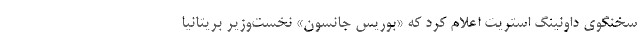
سخنگوی داونینگ استریت اعلام کرد که «بوریس جانسون» نخست‌وزیر بریتانیا